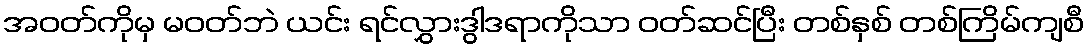
အဝတ်ကိုမှ မဝတ်ဘဲ ယင်း ရင်လွှားဒွါဒရာကိုသာ ဝတ်ဆင်ပြီး တစ်နှစ် တစ်ကြိမ်ကျစီ